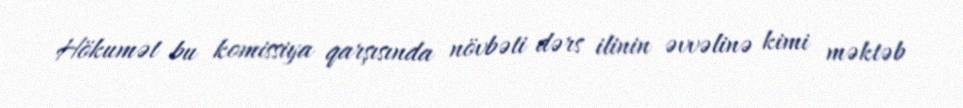
Hökumət bu komissiya qarşısında növbəti dərs ilinin əvvəlinə kimi məktəb